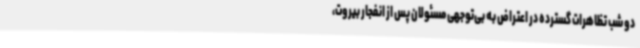
دو شب تظاهرات گسترده در اعتراض به بی‌توجهی مسئولان پس از انفجار بیروت،